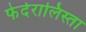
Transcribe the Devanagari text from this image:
फेदेरालिस्ता